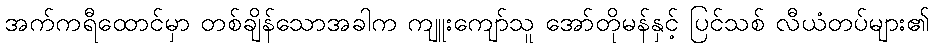
အက်ကရီထောင်မှာ တစ်ချိန်သောအခါက ကျူးကျော်သူ အော်တိုမန်နှင့် ပြင်သစ် လီယံတပ်များ၏